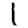
Digit: 1